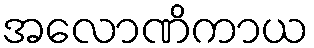
အလောဏိကာယ